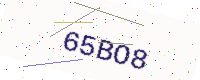
Text: 65BO8